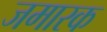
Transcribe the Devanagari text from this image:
जमारक